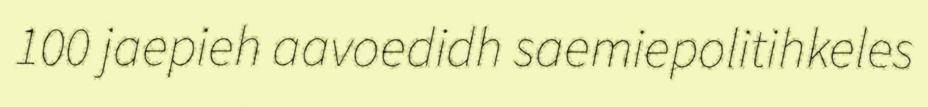
100 jaepieh aavoedidh saemiepolitihkeles